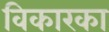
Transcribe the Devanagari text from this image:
विकारका